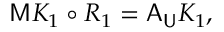
\mathsf { M } K _ { 1 } \circ R _ { 1 } = \mathsf { A } _ { \mathsf { U } } K _ { 1 } ,